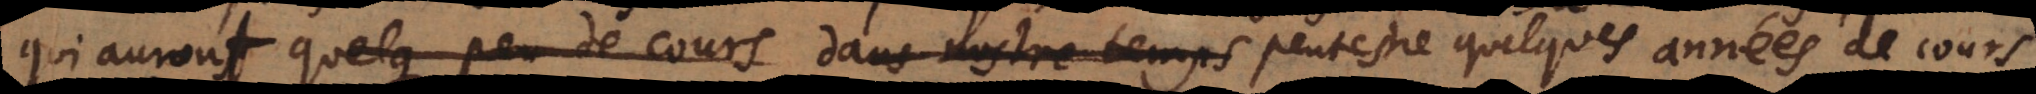
qui auront quelque peu de cours dans nostre temps quelques années de cours,